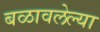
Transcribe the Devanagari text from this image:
बळावलेल्या